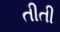
તીતી